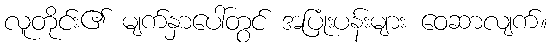
လူတိုင်း၏ မျက်နှာပေါ်တွင် အပြုံးပန်းများ ဝေဆာလျက်။